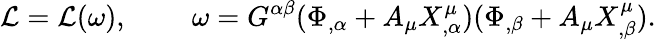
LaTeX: {\cal L}={\cal L}(\omega),\; \; \; \; \; \; \; \; \omega=G^{\alpha\beta}(\Phi_{,\alpha}+A_{\mu}X_{,\alpha}^{\mu})(\Phi_{,\beta}+A_{\mu}X_{,\beta}^{\mu}).